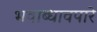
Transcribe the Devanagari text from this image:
भवाब्धावपारे